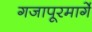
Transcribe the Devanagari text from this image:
गजापूरमार्गे